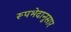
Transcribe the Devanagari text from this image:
रूपभेदानुसार